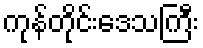
ကုန်တိုင်းဒေသကြီး